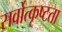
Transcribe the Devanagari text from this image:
सर्वोत्कृष्टता